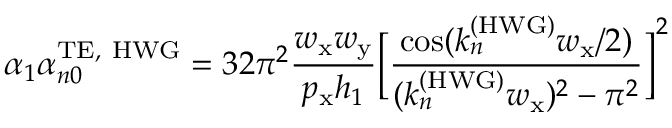
\alpha _ { 1 } \alpha _ { n 0 } ^ { \mathrm { T E , ~ H W G } } = 3 2 \pi ^ { 2 } \frac { w _ { \mathrm { x } } w _ { \mathrm { y } } } { p _ { \mathrm { x } } h _ { 1 } } \bigg [ \frac { \cos ( k _ { n } ^ { \mathrm { ( H W G ) } } w _ { \mathrm { x } } / 2 ) } { ( k _ { n } ^ { \mathrm { ( H W G ) } } w _ { \mathrm { x } } ) ^ { 2 } - \pi ^ { 2 } } \bigg ] ^ { 2 }